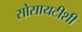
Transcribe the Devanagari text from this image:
सोसायटीशी